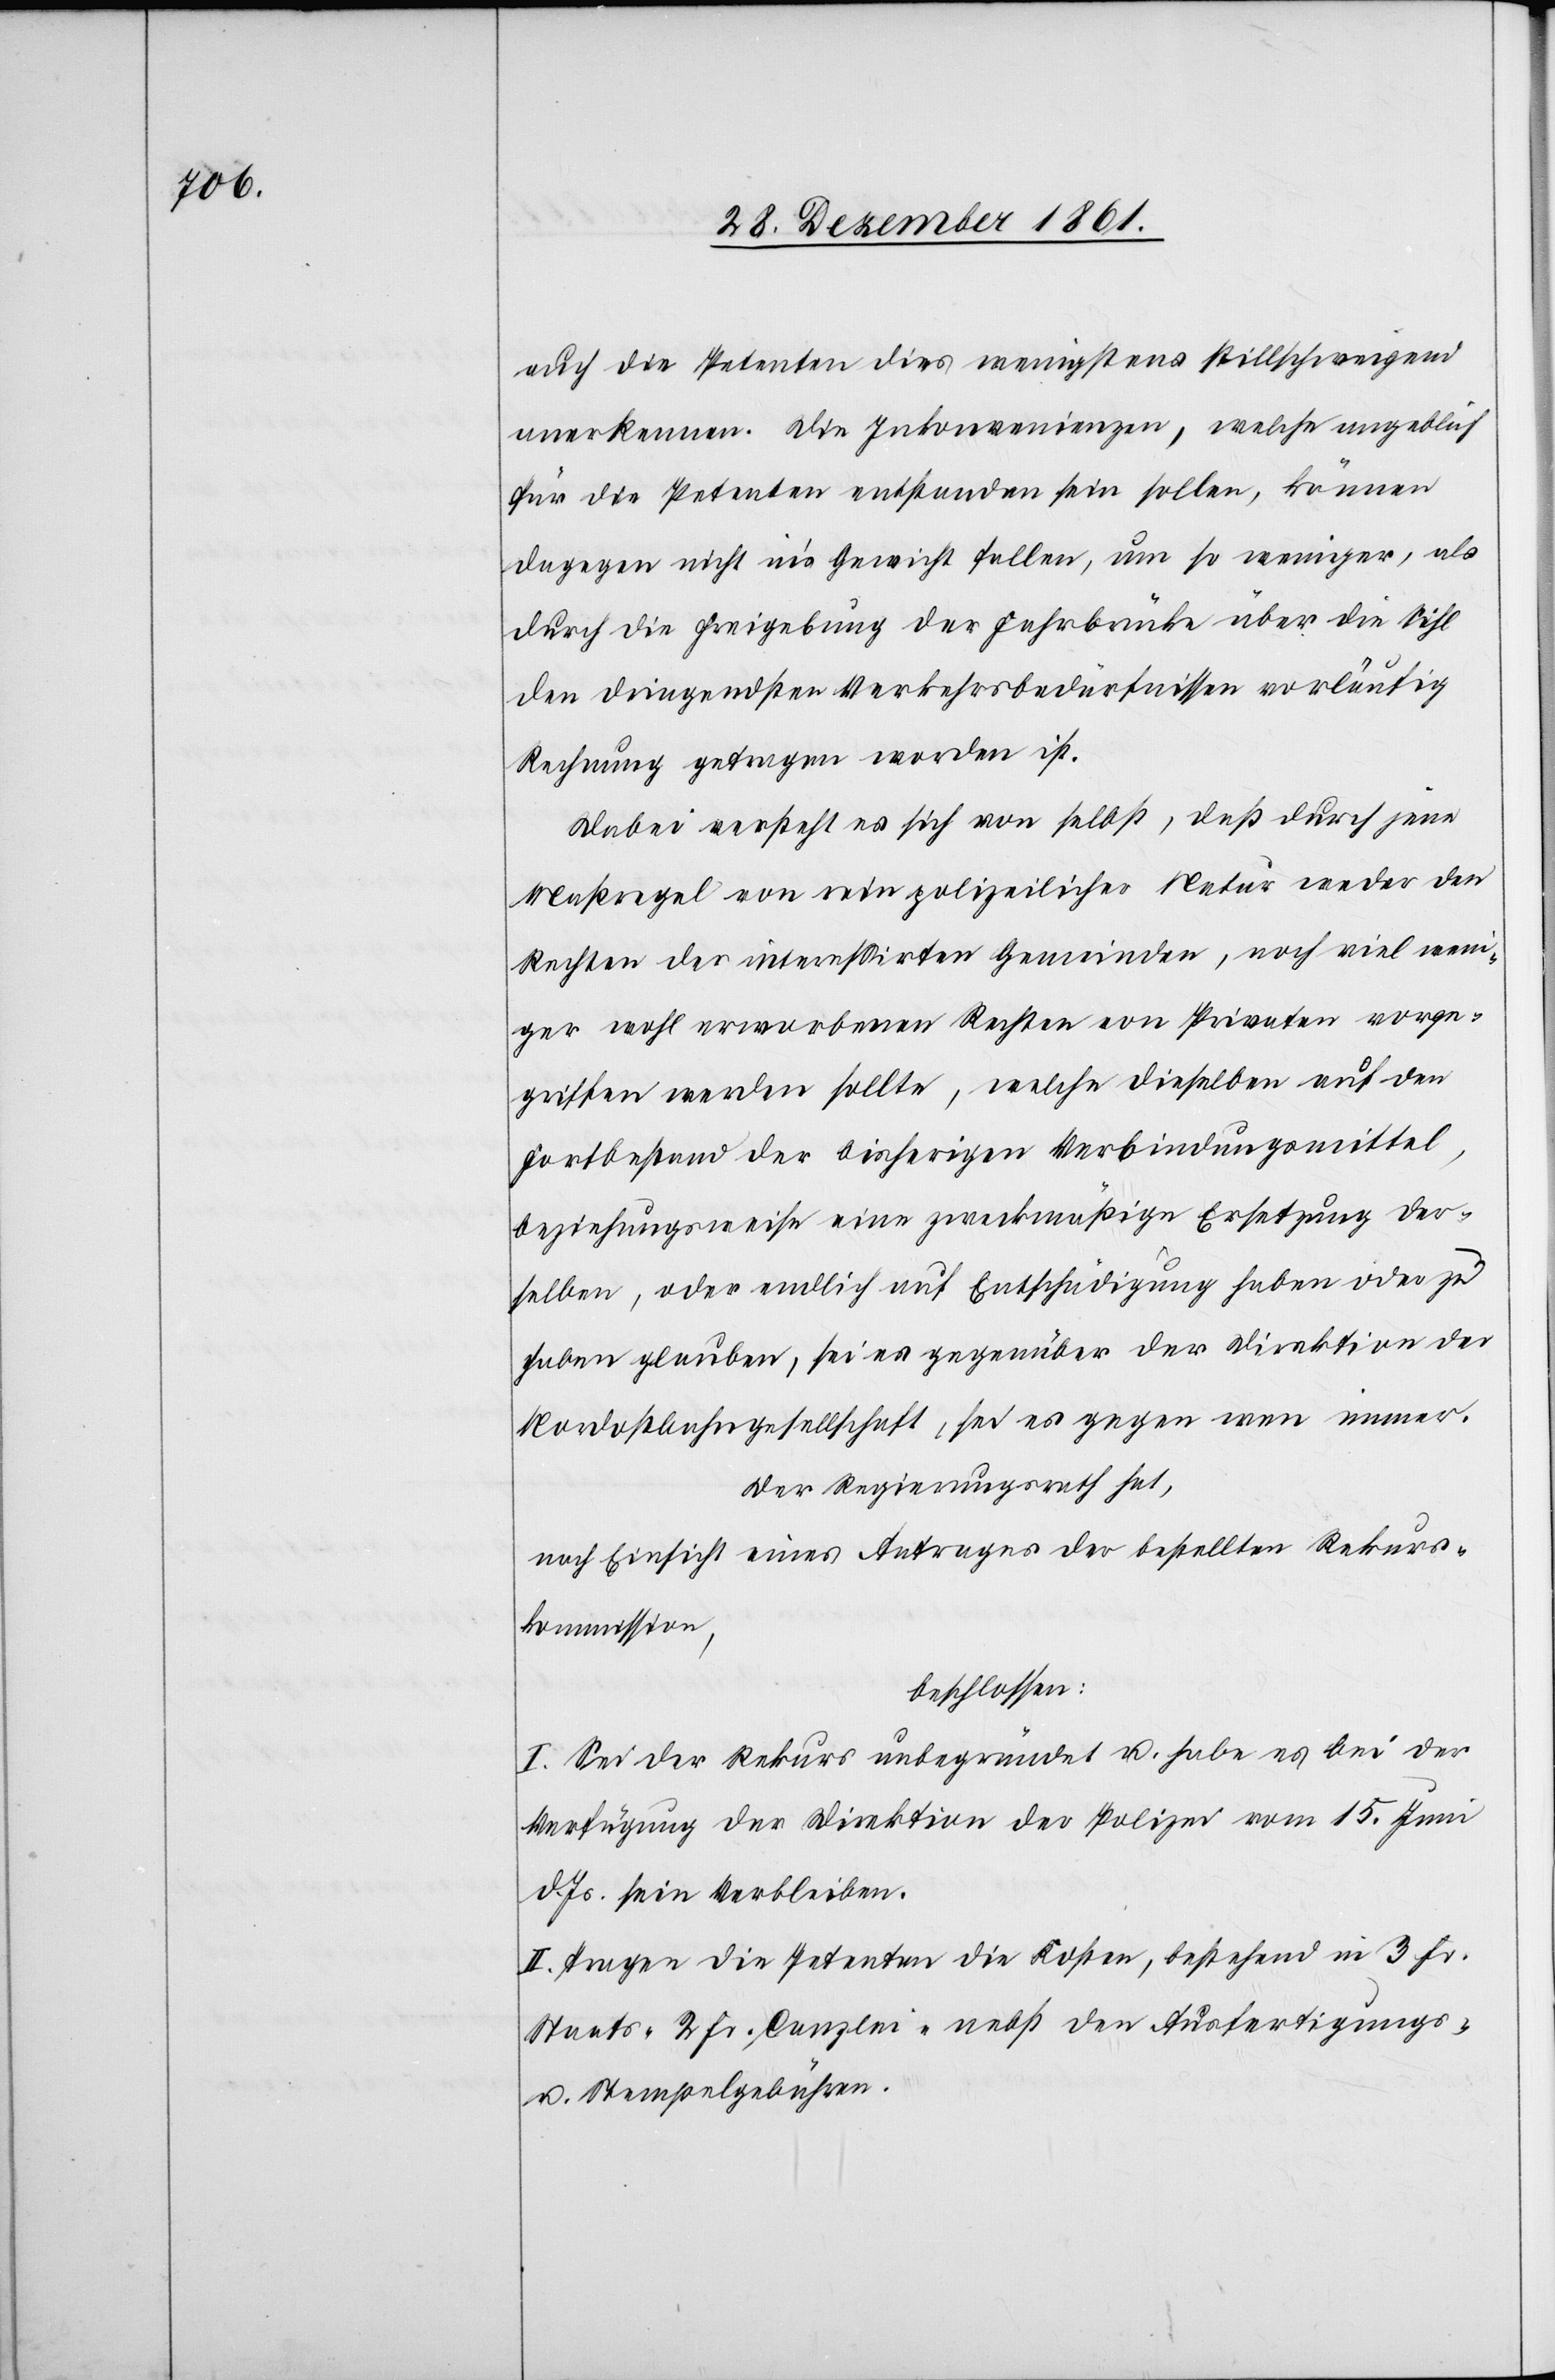
auch die Petenten dies wenigstens stillschweigend
anerkennen. Die Inkonvenienzen, welche angeblich
für die Petenten entstanden sein sollen, können
dagegen nicht in’s Gewicht fallen, um so weniger, als
durch die Freigebung der Fahrbrücke über die Sihl
den dringendsten Verkehrsbedürfnissen vorläufig
Rechnung getragen worden ist.
Dabei versteht es sich von selbst, daß durch jene
Maßregel von rein polizeilicher Natur weder den
Rechten der intereßirten Gemeinden, noch viel weni¬
ger wohl erworbenen Rechten von Privaten vorge¬
griffenen werden sollte, welche dieselben auf den
Fortbestand der bisherigen Verbindungsmittel,
beziehungsweise eine zweckmäßige Ersetzung der¬
selben, oder endlich auf Entschädigung haben oder zu
haben glauben, sei es gegenüber der Direktion der
Nordostbahngesellschaft, sei es gegen wen immer.
Der Regierungsrath hat,
nach Einsicht eines Antrages der bestellten Rekurs¬
kommission,
beschlossen:
I. Sei der Rekurs unbegründet u. habe es bei der
Verfügung der Direktion der Polizei vom 15 Juni
d. Js. sein Verbleiben.
II. Tragen die Petenten die Kosten, bestehend in 3 Fr.
Staats- 2 Fr. Canzlei- nebst den Ausfertigungs-
u. Stempelgebühren.